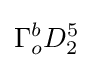
\Gamma _{o}^{b}D_{2}^{5}